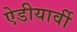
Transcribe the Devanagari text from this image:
ऐडीयार्वी